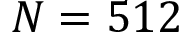
N = 5 1 2